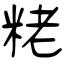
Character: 粩